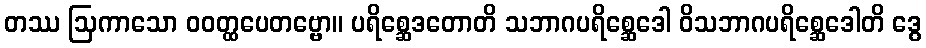
တဿ ဩကာသော ဝဝတ္ထပေတဗ္ဗော။ ပရိစ္ဆေဒတောတိ သဘာဂပရိစ္ဆေဒေါ ဝိသဘာဂပရိစ္ဆေဒေါတိ ဒွေ